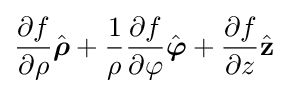
{\partial f \over \partial \rho }{\hat {\boldsymbol {\rho }}}+{1 \over \rho }{\partial f \over \partial \varphi }{\hat {\boldsymbol {\varphi }}}+{\partial f \over \partial z}{\hat {\mathbf {z} }}